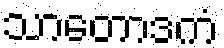
သာတောဒကံ